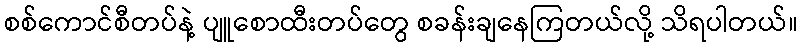
စစ်ကောင်စီတပ်နဲ့ ပျူစောထီးတပ်တွေ စခန်းချနေကြတယ်လို့ သိရပါတယ်။